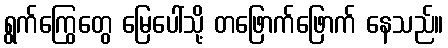
ရွက်ကြွေတွေ မြေပေါ်သို့ တဖြောက်ဖြောက် နေသည်။